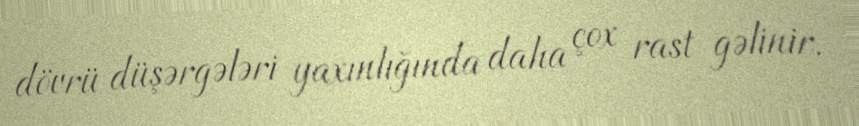
dövrü düşərgələri yaxınlığında daha çox rast gəlinir.